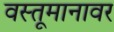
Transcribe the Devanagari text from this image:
वस्तूमानावर